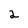
Character: 2